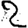
Digit: 2